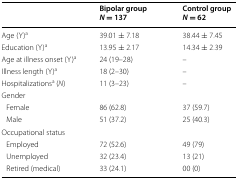
|  | Bipolar group N = 137 | Control group N = 62 |
 | --- | --- | --- |
 | Age (Y)a | 39.01 ± 7.18 | 38.44 ± 7.45 |
 | Education (Y)a | 13.95 ± 2.17 | 14.34 ± 2.39 |
 | Age at illness onset (Y)a | 24 (19–28) | – |
 | Illness length (Y)a | 18 (2–30) | – |
 | Hospitalizationsa (N) | 11 (3–23) | – |
 | <COLSPAN=3> Gender |
 | Female | 86 (62.8) | 37 (59.7) |
 | Male | 51 (37.2) | 25 (40.3) |
 | <COLSPAN=3> Occupational status |
 | Employed | 72 (52.6) | 49 (79) |
 | Unemployed | 32 (23.4) | 13 (21) |
 | Retired (medical) | 33 (24.1) | 00 (0) |